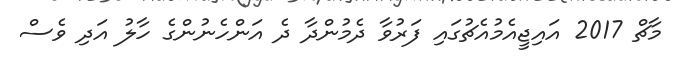
މާޗް 2017 އައިޖީއެމުއެޗުގައި ފަރުވާ ދެމުންދާ ދެ އަންހެނުންގެ ހާލު އަދި ވެސް